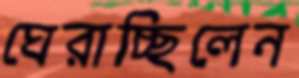
ঘেরাচ্ছিলেন